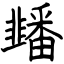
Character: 䪤